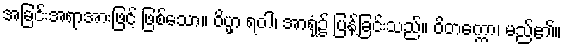
အခြင်းအရာအားဖြင့် ဖြစ်သော။ ဝိပ္ဖာ ရဝါ၊ အာရုံ၌ ပြန့်ခြင်းသည်။ ဝိတက္ကော၊ မည်၏။